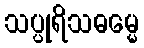
သပ္ပုရိသဓမ္မေ